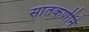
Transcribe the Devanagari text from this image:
सातकर्णीने